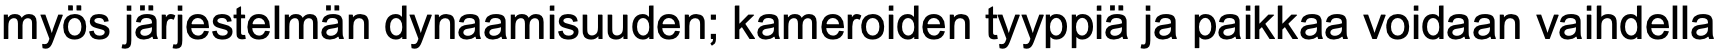
myös järjestelmän dynaamisuuden; kameroiden tyyppiä ja paikkaa voidaan vaihdella